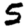
Digit: 5